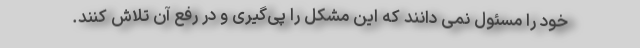
خود را مسئول نمی دانند که این مشکل را پی‌گیری و در رفع آن تلاش کنند.